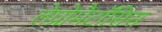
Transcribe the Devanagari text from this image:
लेप्रोमैटॉसिस